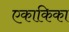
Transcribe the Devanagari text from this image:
एकाकिका